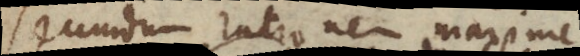
secundum rationem maxime